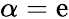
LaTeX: \alpha=\mathrm{e}